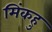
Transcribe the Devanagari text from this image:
मिंकहु